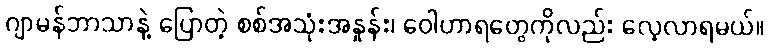
ဂျာမန်ဘာသာနဲ့ ပြောတဲ့ စစ်အသုံးအနှုန်း၊ ဝေါဟာရတွေကိုလည်း လေ့လာရမယ်။